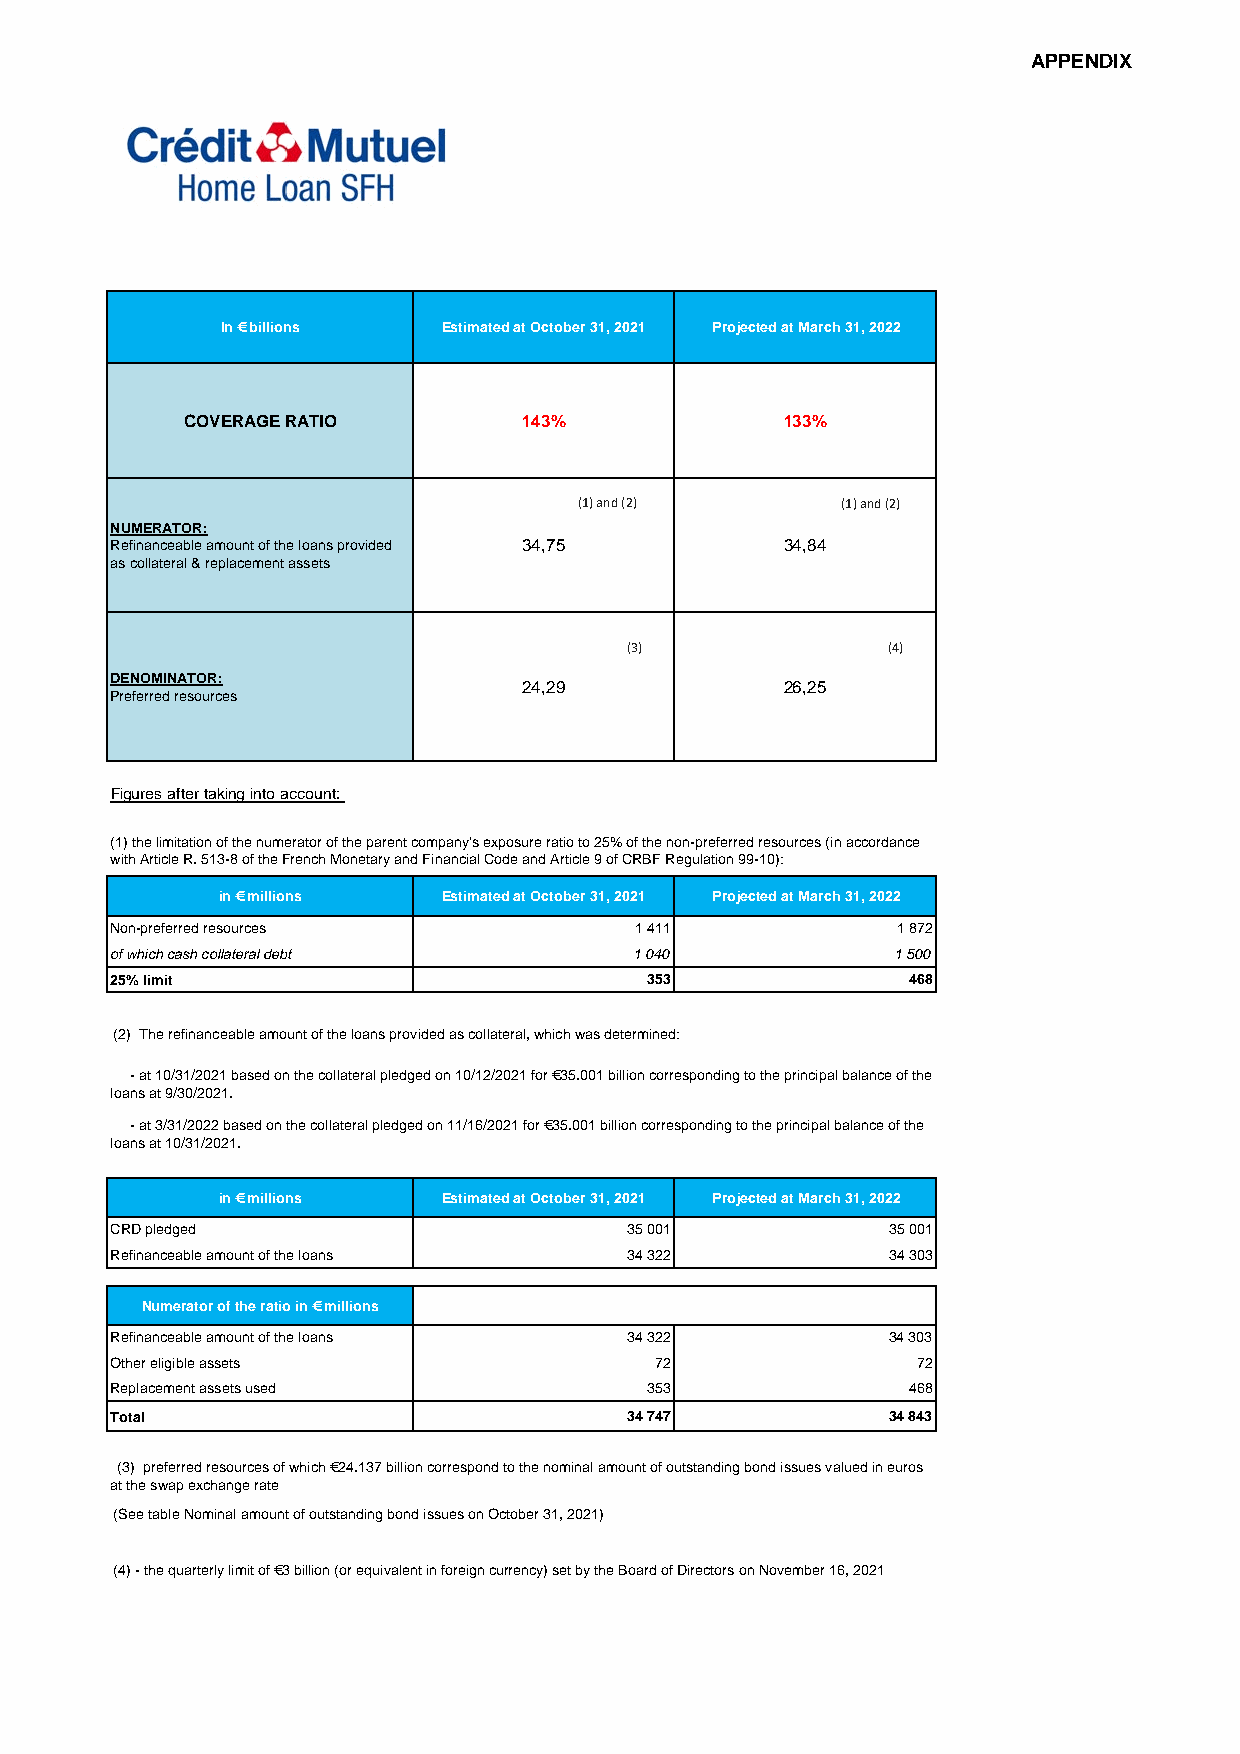
APPENDIX
 In € billions  Estimated at October 31, 2021 Projected at March 31, 2022
 COVERAGE RATIO        143%              133%
 (1) and (2)      (1) and (2)
 NUMERATOR:
 Refinanceable amount of the loans provided 34,75 34,84
 as collateral & replacement assets
 (3)              (4)
 DENOMINATOR:
 24,29             26,25
 Preferred resources
 Figures after taking into account:
 (1) the limitation of the numerator of the parent company's exposure ratio to 25% of the non-preferred resources (in accordance
 with Article R. 513-8 of the French Monetary and Financial Code and Article 9 of CRBF Regulation 99-10):
 in € millions  Estimated at October 31, 2021 Projected at March 31, 2022
 Non-preferred resources            1 411            1 872
 of which cash collateral debt      1 040            1 500
 25% limit                          353               468
 (2) The refinanceable amount of the loans provided as collateral, which was determined:
 - at 10/31/2021 based on the collateral pledged on 10/12/2021 for €35.001 billion corresponding to the principal balance of the
 loans at 9/30/2021.
 - at 3/31/2022 based on the collateral pledged on 11/16/2021 for €35.001 billion corresponding to the principal balance of the
 loans at 10/31/2021.
 in € millions  Estimated at October 31, 2021 Projected at March 31, 2022
 CRD pledged                       35 001           35 001
 Refinanceable amount of the loans 34 322           34 303
 Numerator of the ratio in € millions
 Refinanceable amount of the loans 34 322           34 303
 Other eligible assets               72               72
 Replacement assets used            353               468
 Total                             34 747           34 843
 (3) preferred resources of which €24.137 billion correspond to the nominal amount of outstanding bond issues valued in euros
 at the swap exchange rate
 (See table Nominal amount of outstanding bond issues on October 31, 2021)
 (4) - the quarterly limit of €3 billion (or equivalent in foreign currency) set by the Board of Directors on November 16, 2021